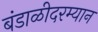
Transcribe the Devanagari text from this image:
बंडाळीदरम्यान